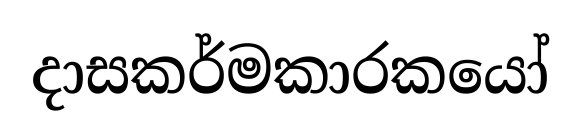
දාසකර්මකාරකයෝ